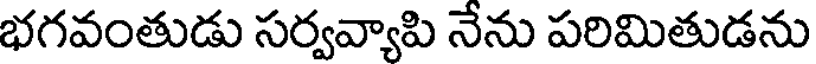
భగవంతుడు సర్వవ్యాపి నేను పరిమితుడను